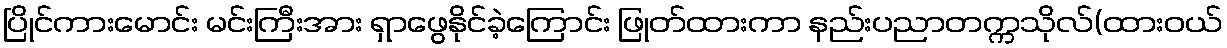
ပြိုင်ကားမောင်း မင်းကြီးအား ရှာဖွေနိုင်ခဲ့ကြောင်း ဖြုတ်ထားကာ နည်းပညာတက္ကသိုလ်(ထားဝယ်